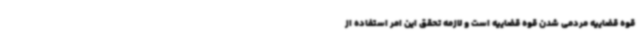
قوه قضاییه مردمی شدن قوه قضاییه است و لازمه تحقق این امر استفاده از